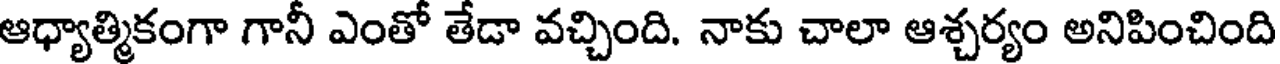
ఆధ్యాత్మికంగా గానీ ఎంతో తేడా వచ్చింది. నాకు చాలా ఆశ్చర్యం అనిపించింది